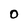
Character: O